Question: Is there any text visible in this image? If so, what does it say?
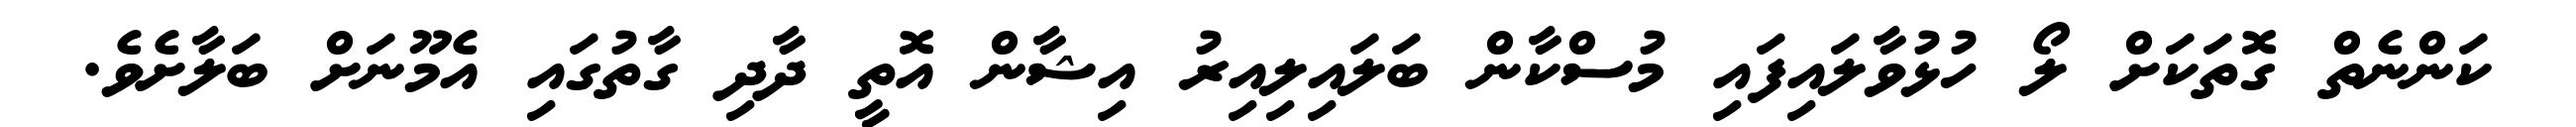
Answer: ކަންނެތް ގޮތަކަށް ލޯ ހުޅުވާލައިފައި މުސްކާން ބަލައިލިއިރު އިޝާން އޮތީ ދާދި ގާތުގައި އެމޫނަށް ބަލާށެވެ.